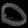
Digit: ၀